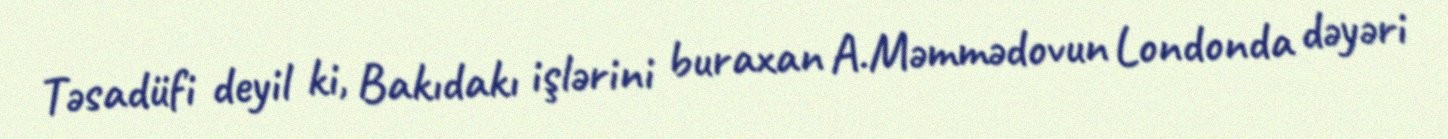
Təsadüfi deyil ki, Bakıdakı işlərini buraxan A.Məmmədovun Londonda dəyəri